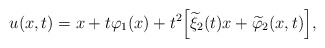
\begin{align*}u(x,t) = x + t \varphi_1(x) + t^2 \Big[\widetilde{\xi}_2(t) x + \widetilde{\varphi}_2(x,t)\Big], \end{align*}